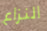
النزاع